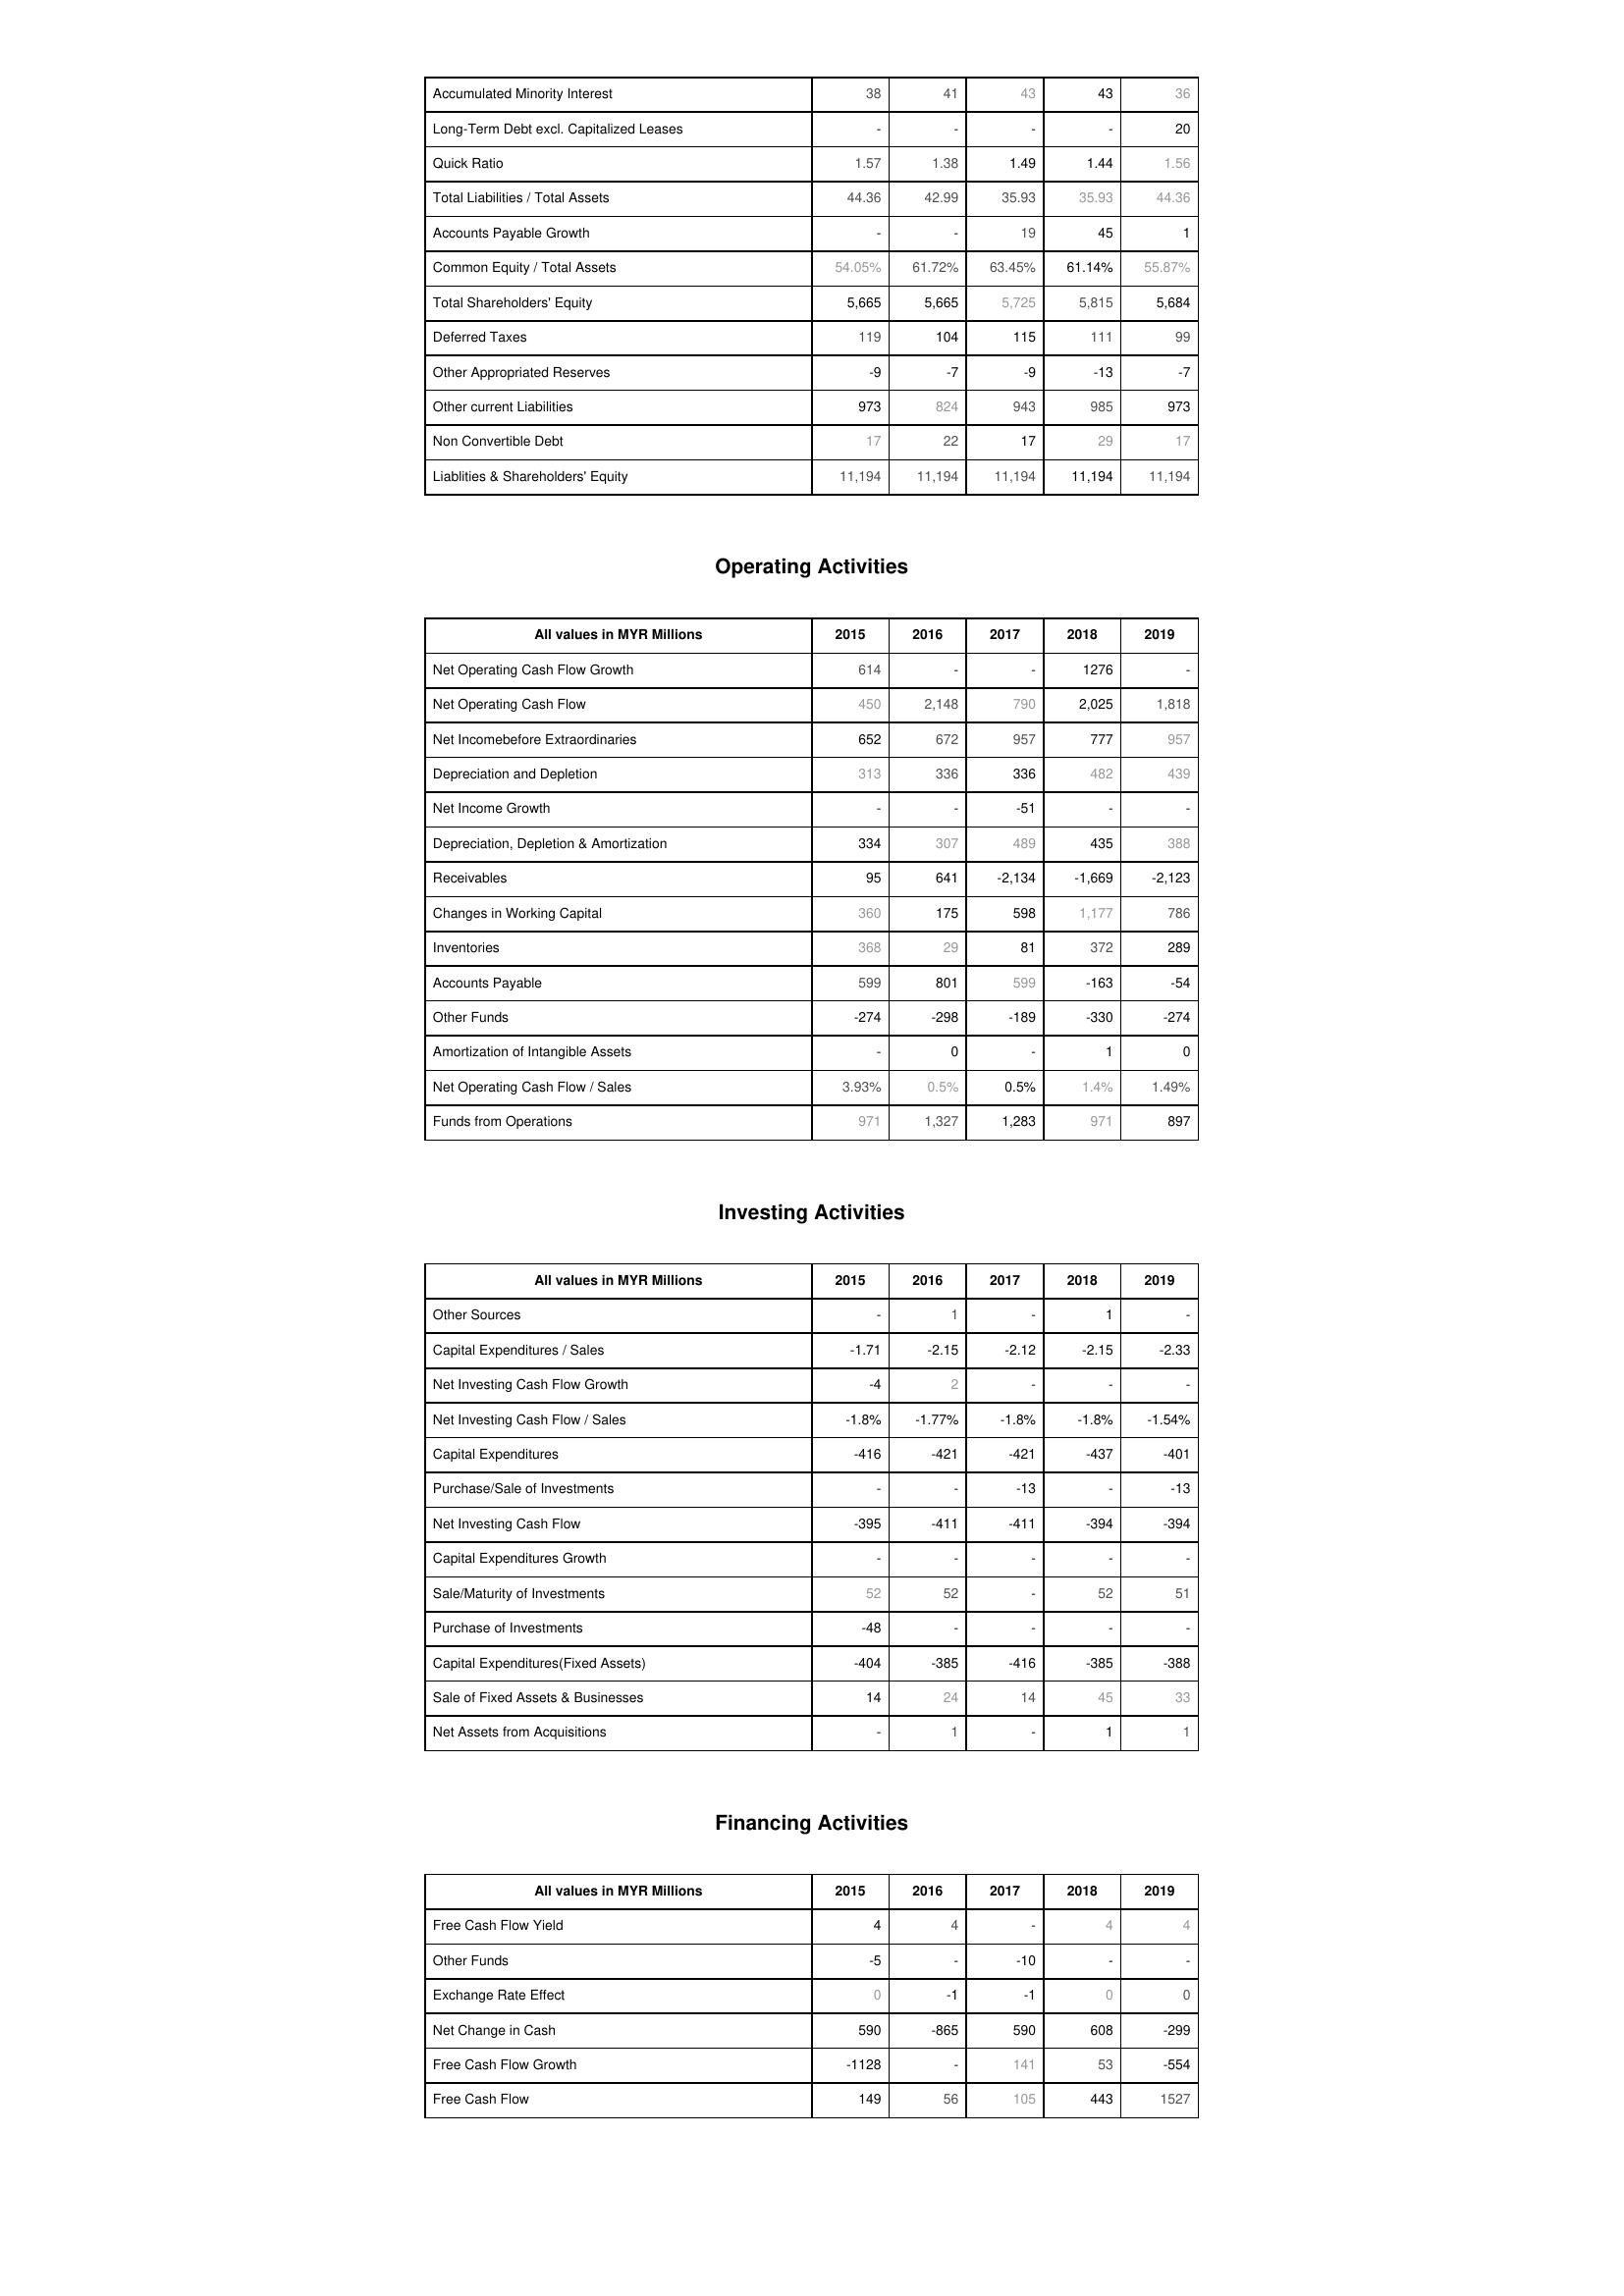
2015: Liabilities & Shareholder's Equity: Accumulated Minority Interest: 38
Long-Term Debt excl. Capitalized Leases: -
Quick Ratio: 1.57
Total Liabilities / Total Assets: 44.36
Accounts Payable Growth: -
Common Equity / Total Assets: 54.05%
Total Shareholders' Equity: 5,665
Deferred Taxes: 119
Other Appropriated Reserves: -9
Other current Liabilities: 973
Non Convertible Debt: 17
Liablities & Shareholders' Equity: 11,194
Operating Activities: Net Operating Cash Flow Growth: 614
Net Operating Cash Flow: 450
Net Incomebefore Extraordinaries: 652
Depreciation and Depletion: 313
Net Income Growth: -
Depreciation, Depletion & Amortization: 334
Receivables: 95
Changes in Working Capital: 360
Inventories: 368
Accounts Payable: 599
Other Funds: -274
Amortization of Intangible Assets: -
Net Operating Cash Flow / Sales: 3.93%
Funds from Operations: 971
Investing Activities: Other Sources: -
Capital Expenditures / Sales: -1.71
Net Investing Cash Flow Growth: -4
Net Investing Cash Flow / Sales: -1.8%
Capital Expenditures: -416
Purchase/Sale of Investments: -
Net Investing Cash Flow: -395
Capital Expenditures Growth: -
Sale/Maturity of Investments: 52
Purchase of Investments: -48
Capital Expenditures(Fixed Assets): -404
Sale of Fixed Assets & Businesses: 14
Net Assets from Acquisitions: -
Financing Activities: Free Cash Flow Yield: 4
Other Funds: -5
Exchange Rate Effect: 0
Net Change in Cash: 590
Free Cash Flow Growth: -1128
Free Cash Flow: 149
2016: Liabilities & Shareholder's Equity: Accumulated Minority Interest: 41
Long-Term Debt excl. Capitalized Leases: -
Quick Ratio: 1.38
Total Liabilities / Total Assets: 42.99
Accounts Payable Growth: -
Common Equity / Total Assets: 61.72%
Total Shareholders' Equity: 5,665
Deferred Taxes: 104
Other Appropriated Reserves: -7
Other current Liabilities: 824
Non Convertible Debt: 22
Liablities & Shareholders' Equity: 11,194
Operating Activities: Net Operating Cash Flow Growth: -
Net Operating Cash Flow: 2,148
Net Incomebefore Extraordinaries: 672
Depreciation and Depletion: 336
Net Income Growth: -
Depreciation, Depletion & Amortization: 307
Receivables: 641
Changes in Working Capital: 175
Inventories: 29
Accounts Payable: 801
Other Funds: -298
Amortization of Intangible Assets: 0
Net Operating Cash Flow / Sales: 0.5%
Funds from Operations: 1,327
Investing Activities: Other Sources: 1
Capital Expenditures / Sales: -2.15
Net Investing Cash Flow Growth: 2
Net Investing Cash Flow / Sales: -1.77%
Capital Expenditures: -421
Purchase/Sale of Investments: -
Net Investing Cash Flow: -411
Capital Expenditures Growth: -
Sale/Maturity of Investments: 52
Purchase of Investments: -
Capital Expenditures(Fixed Assets): -385
Sale of Fixed Assets & Businesses: 24
Net Assets from Acquisitions: 1
Financing Activities: Free Cash Flow Yield: 4
Other Funds: -
Exchange Rate Effect: -1
Net Change in Cash: -865
Free Cash Flow Growth: -
Free Cash Flow: 56
2017: Liabilities & Shareholder's Equity: Accumulated Minority Interest: 43
Long-Term Debt excl. Capitalized Leases: -
Quick Ratio: 1.49
Total Liabilities / Total Assets: 35.93
Accounts Payable Growth: 19
Common Equity / Total Assets: 63.45%
Total Shareholders' Equity: 5,725
Deferred Taxes: 115
Other Appropriated Reserves: -9
Other current Liabilities: 943
Non Convertible Debt: 17
Liablities & Shareholders' Equity: 11,194
Operating Activities: Net Operating Cash Flow Growth: -
Net Operating Cash Flow: 790
Net Incomebefore Extraordinaries: 957
Depreciation and Depletion: 336
Net Income Growth: -51
Depreciation, Depletion & Amortization: 489
Receivables: -2,134
Changes in Working Capital: 598
Inventories: 81
Accounts Payable: 599
Other Funds: -189
Amortization of Intangible Assets: -
Net Operating Cash Flow / Sales: 0.5%
Funds from Operations: 1,283
Investing Activities: Other Sources: -
Capital Expenditures / Sales: -2.12
Net Investing Cash Flow Growth: -
Net Investing Cash Flow / Sales: -1.8%
Capital Expenditures: -421
Purchase/Sale of Investments: -13
Net Investing Cash Flow: -411
Capital Expenditures Growth: -
Sale/Maturity of Investments: -
Purchase of Investments: -
Capital Expenditures(Fixed Assets): -416
Sale of Fixed Assets & Businesses: 14
Net Assets from Acquisitions: -
Financing Activities: Free Cash Flow Yield: -
Other Funds: -10
Exchange Rate Effect: -1
Net Change in Cash: 590
Free Cash Flow Growth: 141
Free Cash Flow: 105
2018: Liabilities & Shareholder's Equity: Accumulated Minority Interest: 43
Long-Term Debt excl. Capitalized Leases: -
Quick Ratio: 1.44
Total Liabilities / Total Assets: 35.93
Accounts Payable Growth: 45
Common Equity / Total Assets: 61.14%
Total Shareholders' Equity: 5,815
Deferred Taxes: 111
Other Appropriated Reserves: -13
Other current Liabilities: 985
Non Convertible Debt: 29
Liablities & Shareholders' Equity: 11,194
Operating Activities: Net Operating Cash Flow Growth: 1276
Net Operating Cash Flow: 2,025
Net Incomebefore Extraordinaries: 777
Depreciation and Depletion: 482
Net Income Growth: -
Depreciation, Depletion & Amortization: 435
Receivables: -1,669
Changes in Working Capital: 1,177
Inventories: 372
Accounts Payable: -163
Other Funds: -330
Amortization of Intangible Assets: 1
Net Operating Cash Flow / Sales: 1.4%
Funds from Operations: 971
Investing Activities: Other Sources: 1
Capital Expenditures / Sales: -2.15
Net Investing Cash Flow Growth: -
Net Investing Cash Flow / Sales: -1.8%
Capital Expenditures: -437
Purchase/Sale of Investments: -
Net Investing Cash Flow: -394
Capital Expenditures Growth: -
Sale/Maturity of Investments: 52
Purchase of Investments: -
Capital Expenditures(Fixed Assets): -385
Sale of Fixed Assets & Businesses: 45
Net Assets from Acquisitions: 1
Financing Activities: Free Cash Flow Yield: 4
Other Funds: -
Exchange Rate Effect: 0
Net Change in Cash: 608
Free Cash Flow Growth: 53
Free Cash Flow: 443
2019: Liabilities & Shareholder's Equity: Accumulated Minority Interest: 36
Long-Term Debt excl. Capitalized Leases: 20
Quick Ratio: 1.56
Total Liabilities / Total Assets: 44.36
Accounts Payable Growth: 1
Common Equity / Total Assets: 55.87%
Total Shareholders' Equity: 5,684
Deferred Taxes: 99
Other Appropriated Reserves: -7
Other current Liabilities: 973
Non Convertible Debt: 17
Liablities & Shareholders' Equity: 11,194
Operating Activities: Net Operating Cash Flow Growth: -
Net Operating Cash Flow: 1,818
Net Incomebefore Extraordinaries: 957
Depreciation and Depletion: 439
Net Income Growth: -
Depreciation, Depletion & Amortization: 388
Receivables: -2,123
Changes in Working Capital: 786
Inventories: 289
Accounts Payable: -54
Other Funds: -274
Amortization of Intangible Assets: 0
Net Operating Cash Flow / Sales: 1.49%
Funds from Operations: 897
Investing Activities: Other Sources: -
Capital Expenditures / Sales: -2.33
Net Investing Cash Flow Growth: -
Net Investing Cash Flow / Sales: -1.54%
Capital Expenditures: -401
Purchase/Sale of Investments: -13
Net Investing Cash Flow: -394
Capital Expenditures Growth: -
Sale/Maturity of Investments: 51
Purchase of Investments: -
Capital Expenditures(Fixed Assets): -388
Sale of Fixed Assets & Businesses: 33
Net Assets from Acquisitions: 1
Financing Activities: Free Cash Flow Yield: 4
Other Funds: -
Exchange Rate Effect: 0
Net Change in Cash: -299
Free Cash Flow Growth: -554
Free Cash Flow: 1527